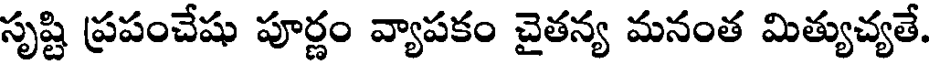
సృష్టి ప్రపంచేషు పూర్ణం వ్యాపకం చైతన్య మనంత మిత్యుచ్యతే.